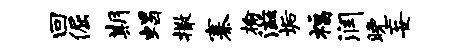
回倔期蝎撒寨榆滋垢福润晚妄